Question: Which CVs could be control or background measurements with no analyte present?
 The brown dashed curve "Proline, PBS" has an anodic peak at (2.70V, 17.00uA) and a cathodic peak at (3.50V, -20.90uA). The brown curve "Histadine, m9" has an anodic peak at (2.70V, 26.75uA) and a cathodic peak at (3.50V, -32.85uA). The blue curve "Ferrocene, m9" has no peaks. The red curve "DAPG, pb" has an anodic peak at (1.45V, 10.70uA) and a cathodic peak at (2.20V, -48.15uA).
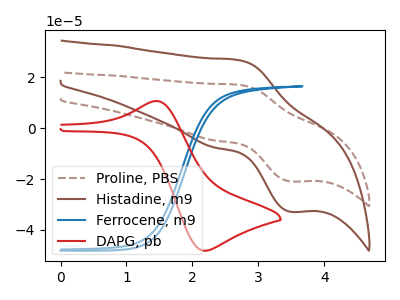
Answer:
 <answer>"Ferrocene, m9" is likely to be a blank.</answer>
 <eval>Ferrocene, m9</eval>